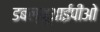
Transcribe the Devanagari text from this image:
डबल्यूआईपीओ